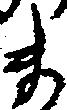
ま